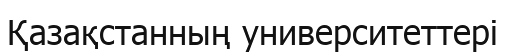
Қазақстанның университеттері